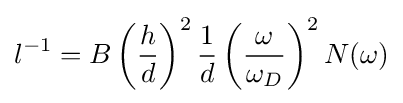
l^{-1}=B\left({\frac {h}{d}}\right)^{2}{\frac {1}{d}}\left({\frac {\omega }{\omega _{D}}}\right)^{2}N(\omega )